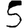
Digit: 5